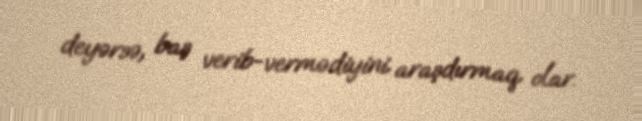
deyərsə, baş verib-vermədiyini araşdırmaq olar.